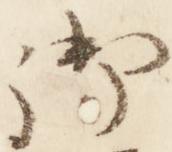
御